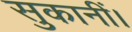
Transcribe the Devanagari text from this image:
सुकानीं।